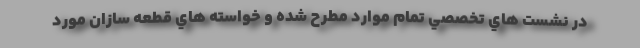
در نشست هاي تخصصي تمام موارد مطرح شده و خواسته هاي قطعه سازان مورد